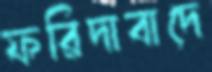
ফরিদাবাদে